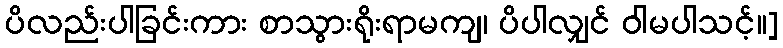
ပိလည်းပါခြင်းကား စာသွားရိုးရာမကျ၊ ပိပါလျှင် ဝါမပါသင့်။]